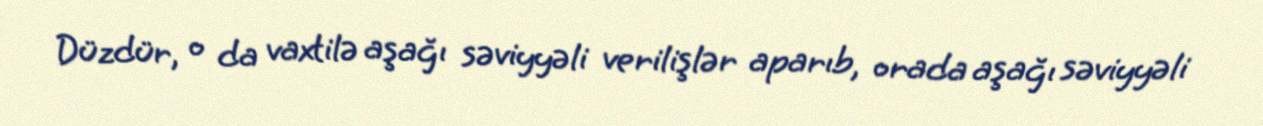
Düzdür, o da vaxtilə aşağı səviyyəli verilişlər aparıb, orada aşağı səviyyəli